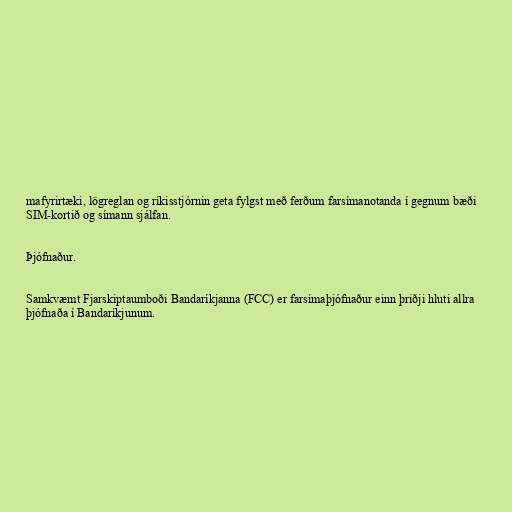
mafyrirtæki, lögreglan og ríkisstjórnin geta fylgst með ferðum farsímanotanda í gegnum bæði
SIM-kortið og símann sjálfan.

Þjófnaður.

Samkvæmt Fjarskiptaumboði Bandaríkjanna (FCC) er farsímaþjófnaður einn þriðji hluti allra
þjófnaða í Bandaríkjunum.